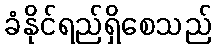
ခံနိုင်ရည်ရှိစေသည်